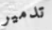
تدمير